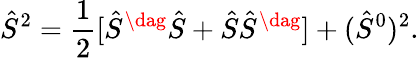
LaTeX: \hat{S}^{2}=\frac{1}{2}[\hat{S}^{\dag}\hat{S}+\hat{S}\hat{S}^{\dag}]+(\hat{S}^{0})^{2}.